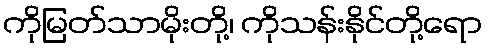
ကိုမြတ်သာမိုးတို့၊ ကိုသန်းနိုင်တို့ရော